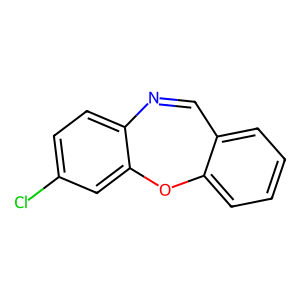
SMILES: Clc1ccc2c(c1)Oc1ccccc1C=N2
Inhibits HIV replication: No